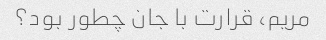
مریم، قرارت با جان چطور بود؟